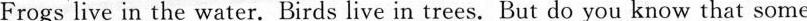
Frogs live in the water. Birds live in trees. But do you know that some